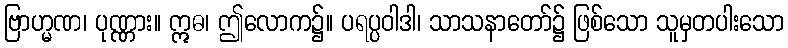
ဗြာဟ္မဏ၊ ပုဏ္ဏား။ ဣဓ၊ ဤလောက၌။ ပရပ္ပဝါဒါ၊ သာသနာတော်၌ ဖြစ်သော သူမှတပါးသော